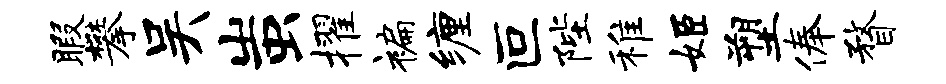
暇攀吴蚩擢褊缠叵陛稚姬塑俸瞀